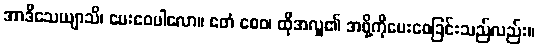
အာဒိသေယျာသိ၊ ပေးဝေပါလော။ ဧတံ စေဝ၊ ထိုအလှူ၏ အဖို့ကိုပေးဝေခြင်းသည်လည်း။